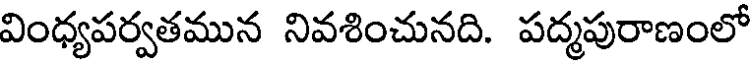
వింధ్యపర్వతమున నివశించునది. పద్మపురాణంలో